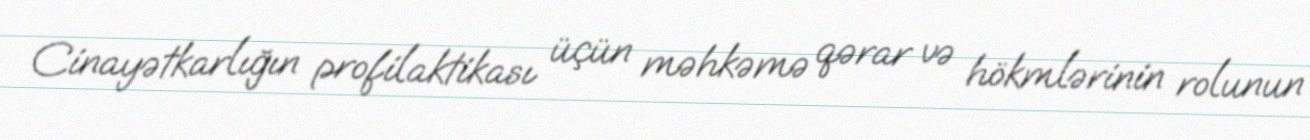
Cinayətkarlığın profilaktikası üçün məhkəmə qərar və hökmlərinin rolunun